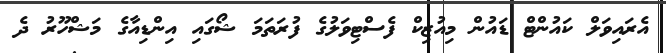
އެރައިވަލް ކައުންޓް ޑައުން މިއުޒިކް ފެސްޓިވަލުގެ ފުރަތަމަ ޝޯގައި އިންޑިއާގެ މަޝްހޫރު ދެ